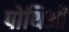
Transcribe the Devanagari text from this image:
पोथिओं